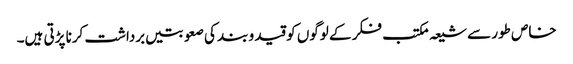
خاص طور سے شیعہ مکتب فکر کے لوگوں کو قید و بند کی صعوبتیں برداشت کرنا پڑتی ہیں۔